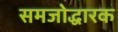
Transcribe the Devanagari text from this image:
समजोद्धारक